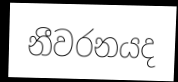
නීවරනයද